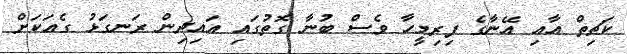
ކަޗިތް އާއި އޭނާގެ ފިރިމީހާ ވެސް ބުނާ ގޮތުގައި އައިދިން ރަނގަޅު ގެއަކަށް